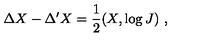
\Delta X - \Delta ^ { \prime } X = \frac { 1 } { 2 } ( X , \log J ) \ ,